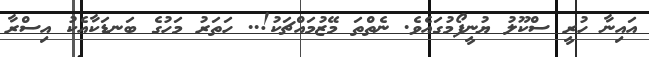
އައިނާ ހުރީ ސްކޫލު ޔުނީފޯމުގައެވެ. ނެތްތަ މޭޒުމައްޗަކު!.. ހަތަރު މަހުގެ ބަނޑަކާއެކު އިސްރާ